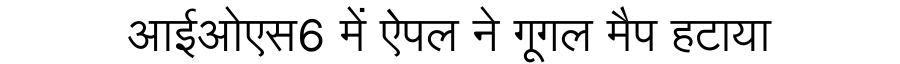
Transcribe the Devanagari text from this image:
आईओएस6 में ऐपल ने गूगल मैप हटाया